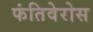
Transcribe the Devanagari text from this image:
फंतिवेरोस